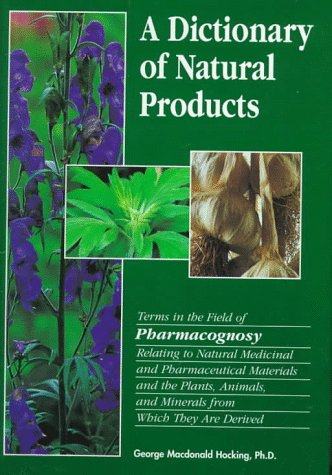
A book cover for A Dictionary of Natural Products: Terms in the Field of Pharmacognosy Relating to Natural Medicinal and Pharmaceutical Materials and the Plants, Animals, and Minerals from Which They; George MacDonald, Ph.D. Hocking; Medical Books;